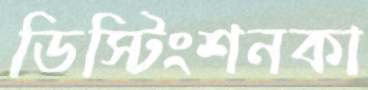
ডিস্টিংশনকা